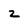
Character: z